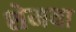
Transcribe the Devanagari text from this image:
शेमया